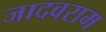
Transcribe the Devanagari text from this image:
जादवराम